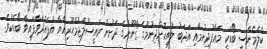
ކްލެމެންސީ ބޯޑަކީ މަޢާފުދިނުމާއި އަދަބު ލުއިކޮށްދިނުމުގެ ޤާނޫނުގެ ދަށުން ރައީސުލްޖުމްހޫރިއްޔާ އުފައްދަވާފައިވާ ބޯޑެކެވެ.